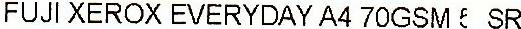
FUJI XEROX EVERYDAY A4 70GSM SR